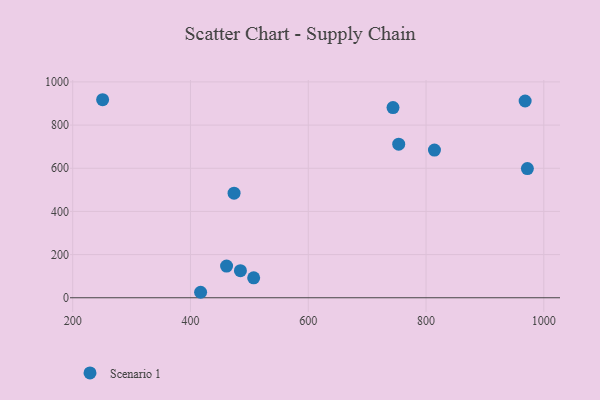
{"axis": {"x": "Engine Size", "y": "Exam Score"}, "legend": ["Scenario 1"], "data": [{"x": "474.0", "y": 484.6, "type": "Scenario 1"}, {"x": "507.3", "y": 92.5, "type": "Scenario 1"}, {"x": "250.8", "y": 917.5, "type": "Scenario 1"}, {"x": "972.1", "y": 598.7, "type": "Scenario 1"}, {"x": "814.3", "y": 684.3, "type": "Scenario 1"}, {"x": "743.9", "y": 881.0, "type": "Scenario 1"}, {"x": "968.3", "y": 911.7, "type": "Scenario 1"}, {"x": "417.2", "y": 25.4, "type": "Scenario 1"}, {"x": "484.8", "y": 125.7, "type": "Scenario 1"}, {"x": "753.6", "y": 711.4, "type": "Scenario 1"}, {"x": "461.3", "y": 146.9, "type": "Scenario 1"}]}